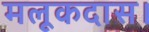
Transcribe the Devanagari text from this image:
मलूकदास।